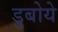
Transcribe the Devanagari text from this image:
डुबोये